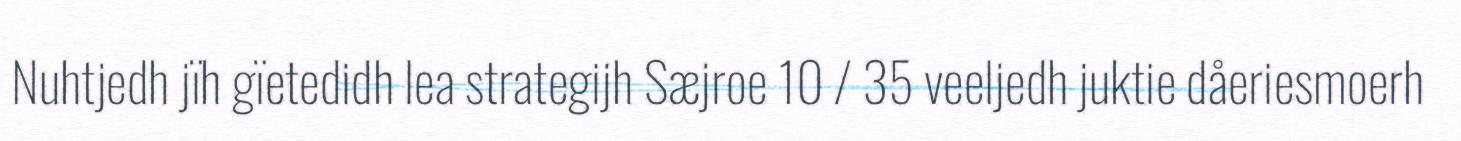
Nuhtjedh jïh gïetedidh lea strategijh Sæjroe 10 / 35 veeljedh juktie dåeriesmoerh